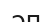
әп